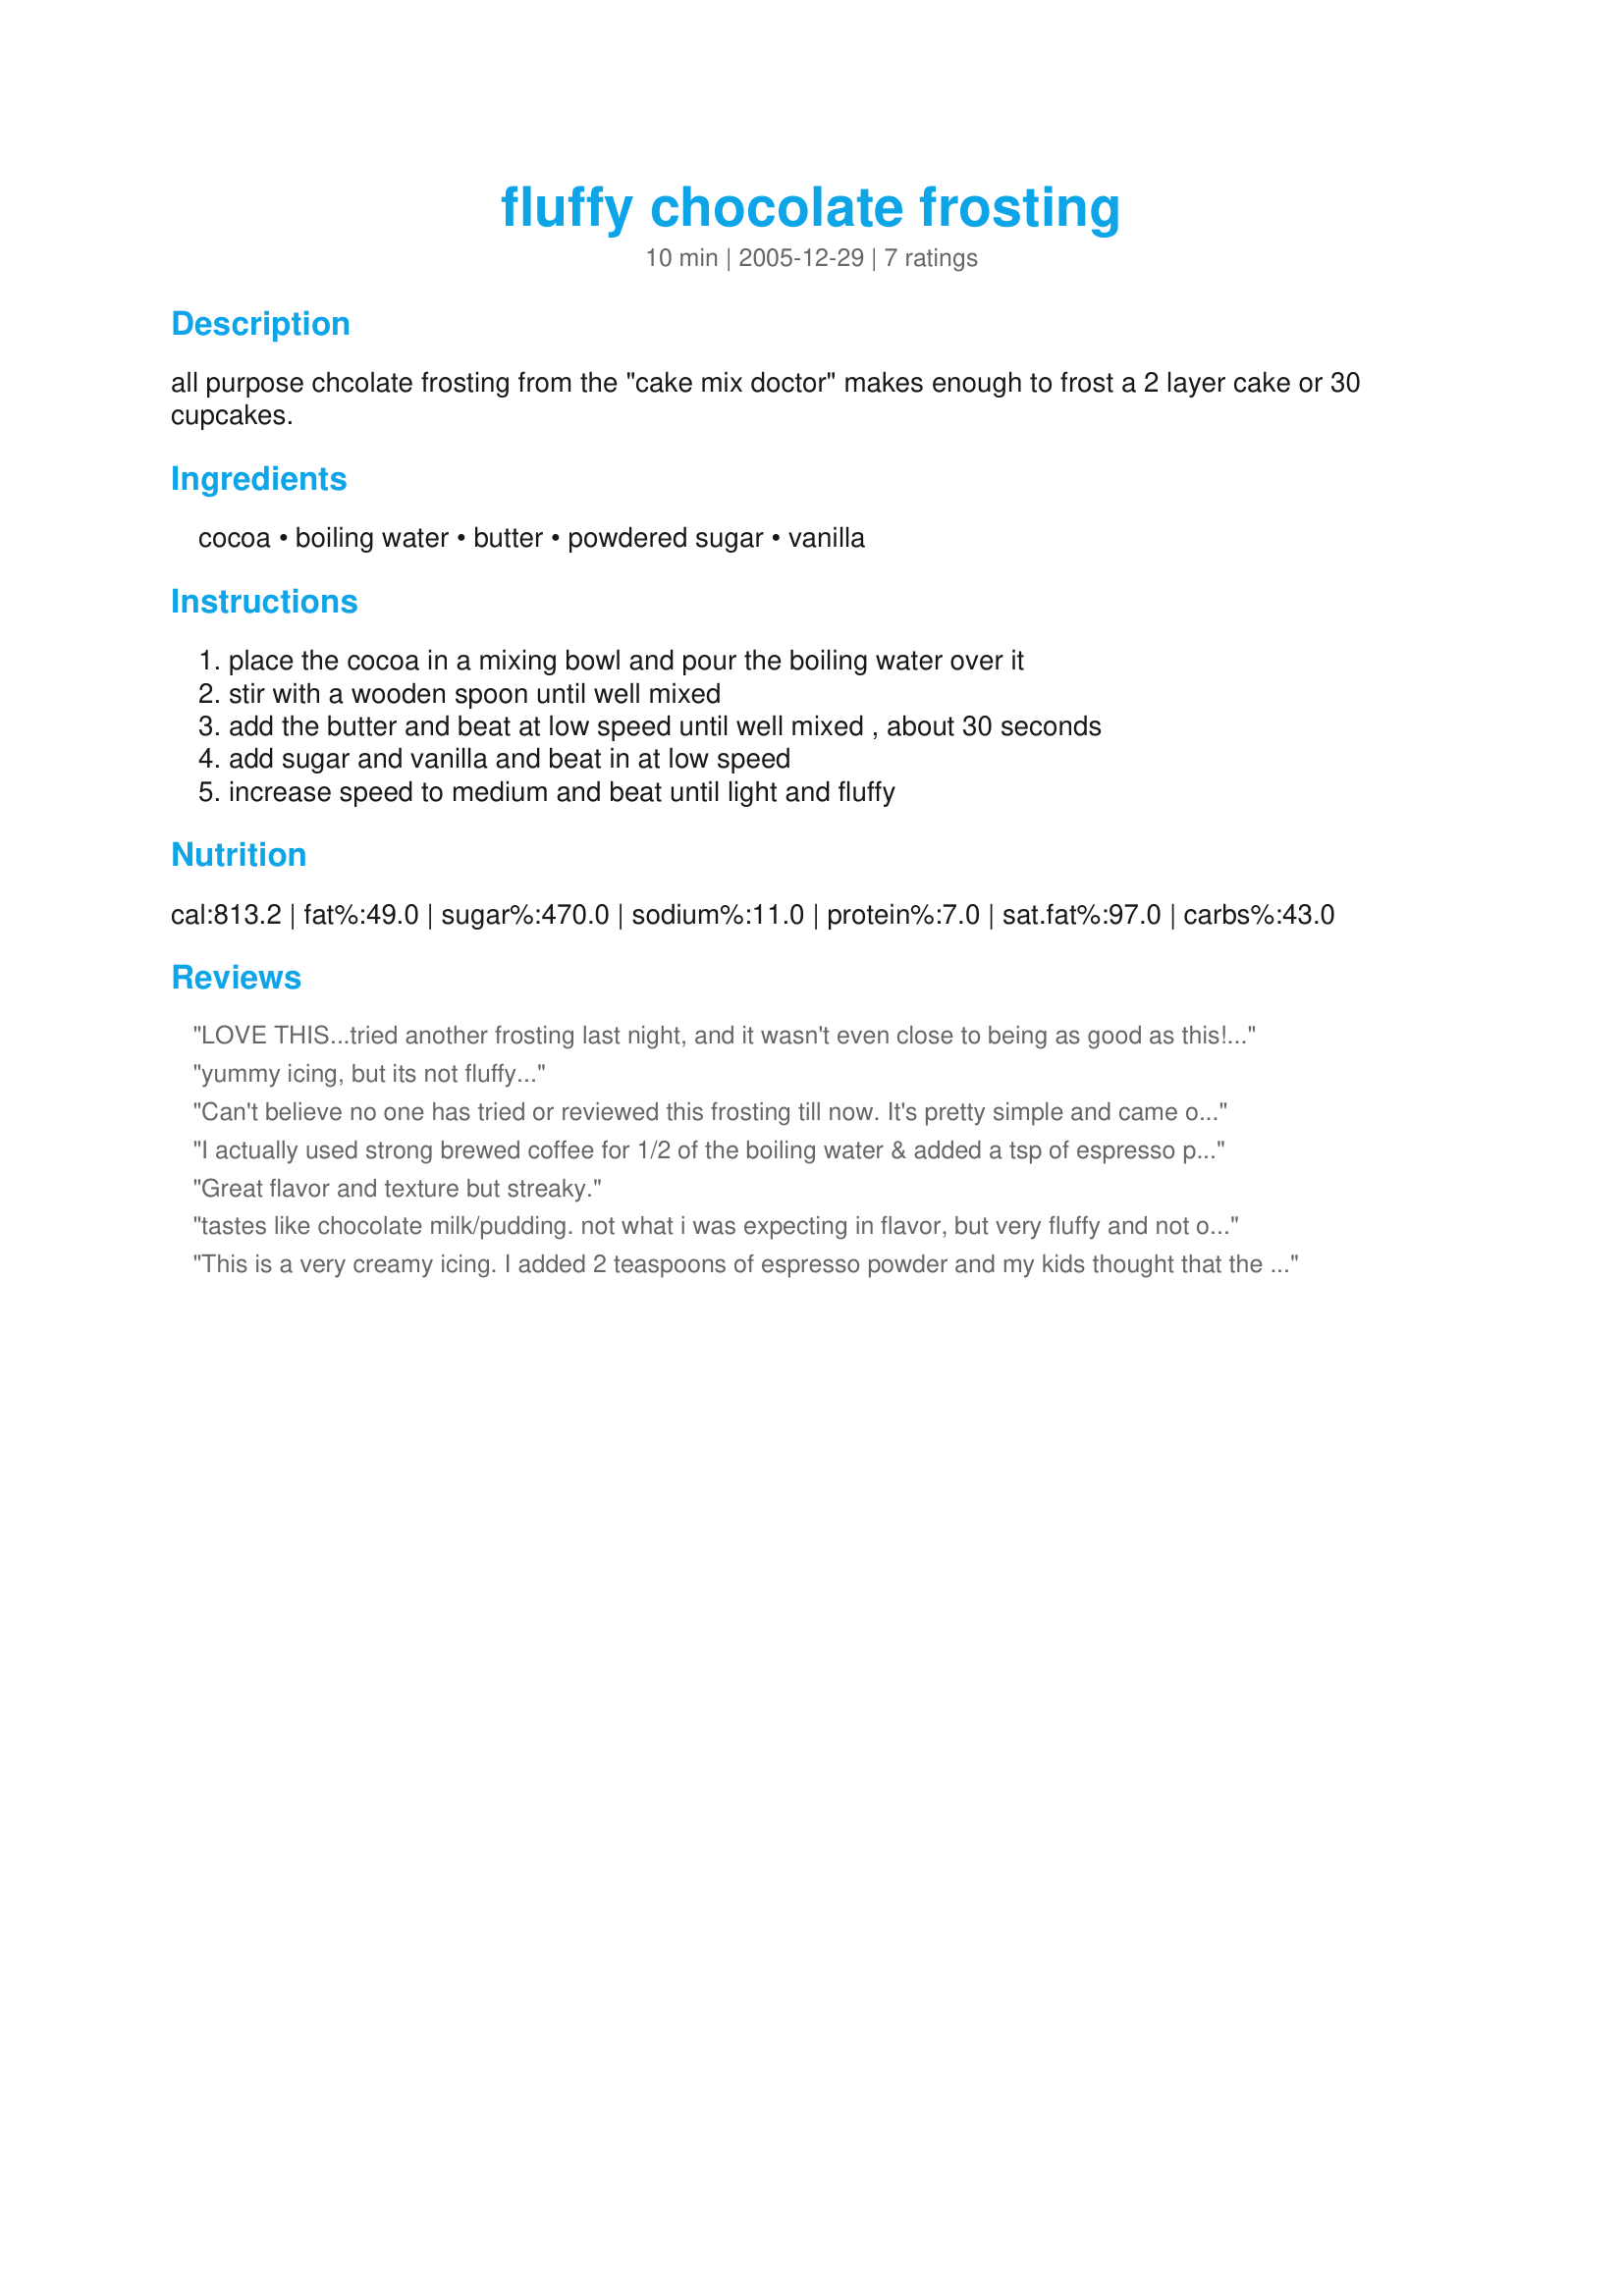
fluffy chocolate frosting
Preparation time: 10 minutes

all purpose chcolate frosting from the "cake mix doctor" makes enough to frost a 2 layer cake or 30 cupcakes.

Ingredients:
cocoa, boiling water, butter, powdered sugar, vanilla

Steps:
place the cocoa in a mixing bowl and pour the boiling water over it, stir with a wooden spoon until well mixed, add the butter and beat at low speed until well mixed , about 30 seconds, add sugar and vanilla and beat in at low speed, increase speed to medium and beat until light and fluffy

Reviews:
LOVE THIS...tried another frosting last night, and it wasn't even close to being as good as this!! I'm pretty sure this is going in the family cookbook!!!
yummy icing, but its not fluffy...
Can't believe no one has tried or reviewed this frosting till now. It's pretty simple and came out so light and fluffy - fantastic! I beat it for about 5-7 minutes. Although it was super fluffy (perfect for the cupcakes I made) it was a bit gritty feeling. I will make again but beat it longer next time. I think I'll also try adding a bit of espresso powder to the cocoa to enhance the wonderful chocolate taste. Thanks for the recipe.
I actually used strong brewed coffee for 1/2 of the boiling water & added a tsp of espresso powder, which really did enhance the chocolate taste. This is a simple but very tasty frosting recipe. Mine turned out more creamy than fluffy, but was super easy to spread & got rave reviews from my husband & daughter. I'm sure this will be a go-to recipe for impromptu treats!
Great flavor and texture but streaky.
tastes like chocolate milk/pudding.
not what i was expecting in flavor, but very fluffy and not overly sweet.
This is a very creamy icing. I added 2 teaspoons of espresso powder and my kids thought that the icing tasted just like a coffee crisp bar. Very nice.
